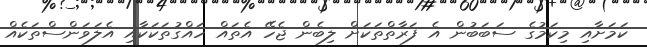
ކަމަށާއި މިކަމުގެ ސަބަބުން އެ ފަރާތްތަކަށް ލިބެން ޖެހޭ އެތައް ހައްގުތަކަކާއި އެލަވަންސްތަކެއް